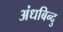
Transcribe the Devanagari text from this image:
अंधबिन्दु